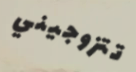
تتزوجيني